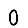
Digit: 0